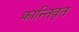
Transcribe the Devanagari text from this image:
क्रान्तिवृत